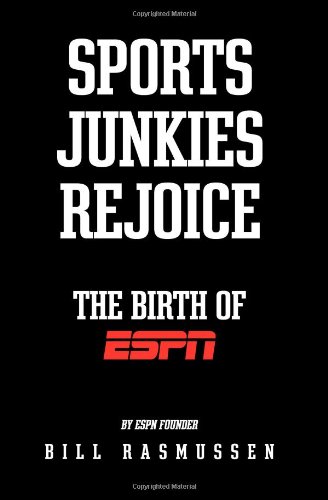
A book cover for Sports Junkies Rejoice: The Birth of ESPN; Bill Rasmussen; Sports & Outdoors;